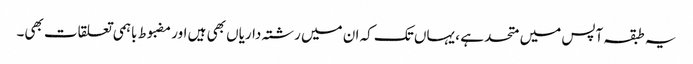
یہ طبقہ آپس میں متحد ہے ، یہاں تک کہ ان میں رشتہ داریاں بھی ہیں اور مضبوط باہمی تعلقات بھی۔